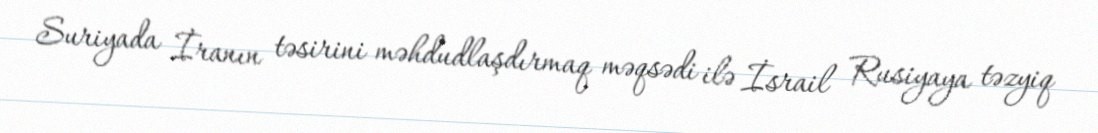
Suriyada İranın təsirini məhdudlaşdırmaq məqsədi ilə İsrail Rusiyaya təzyiq